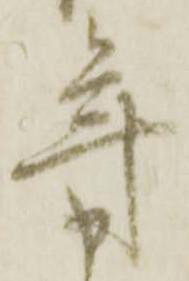
年